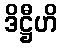
ဒိဋ္ဌီဟိ